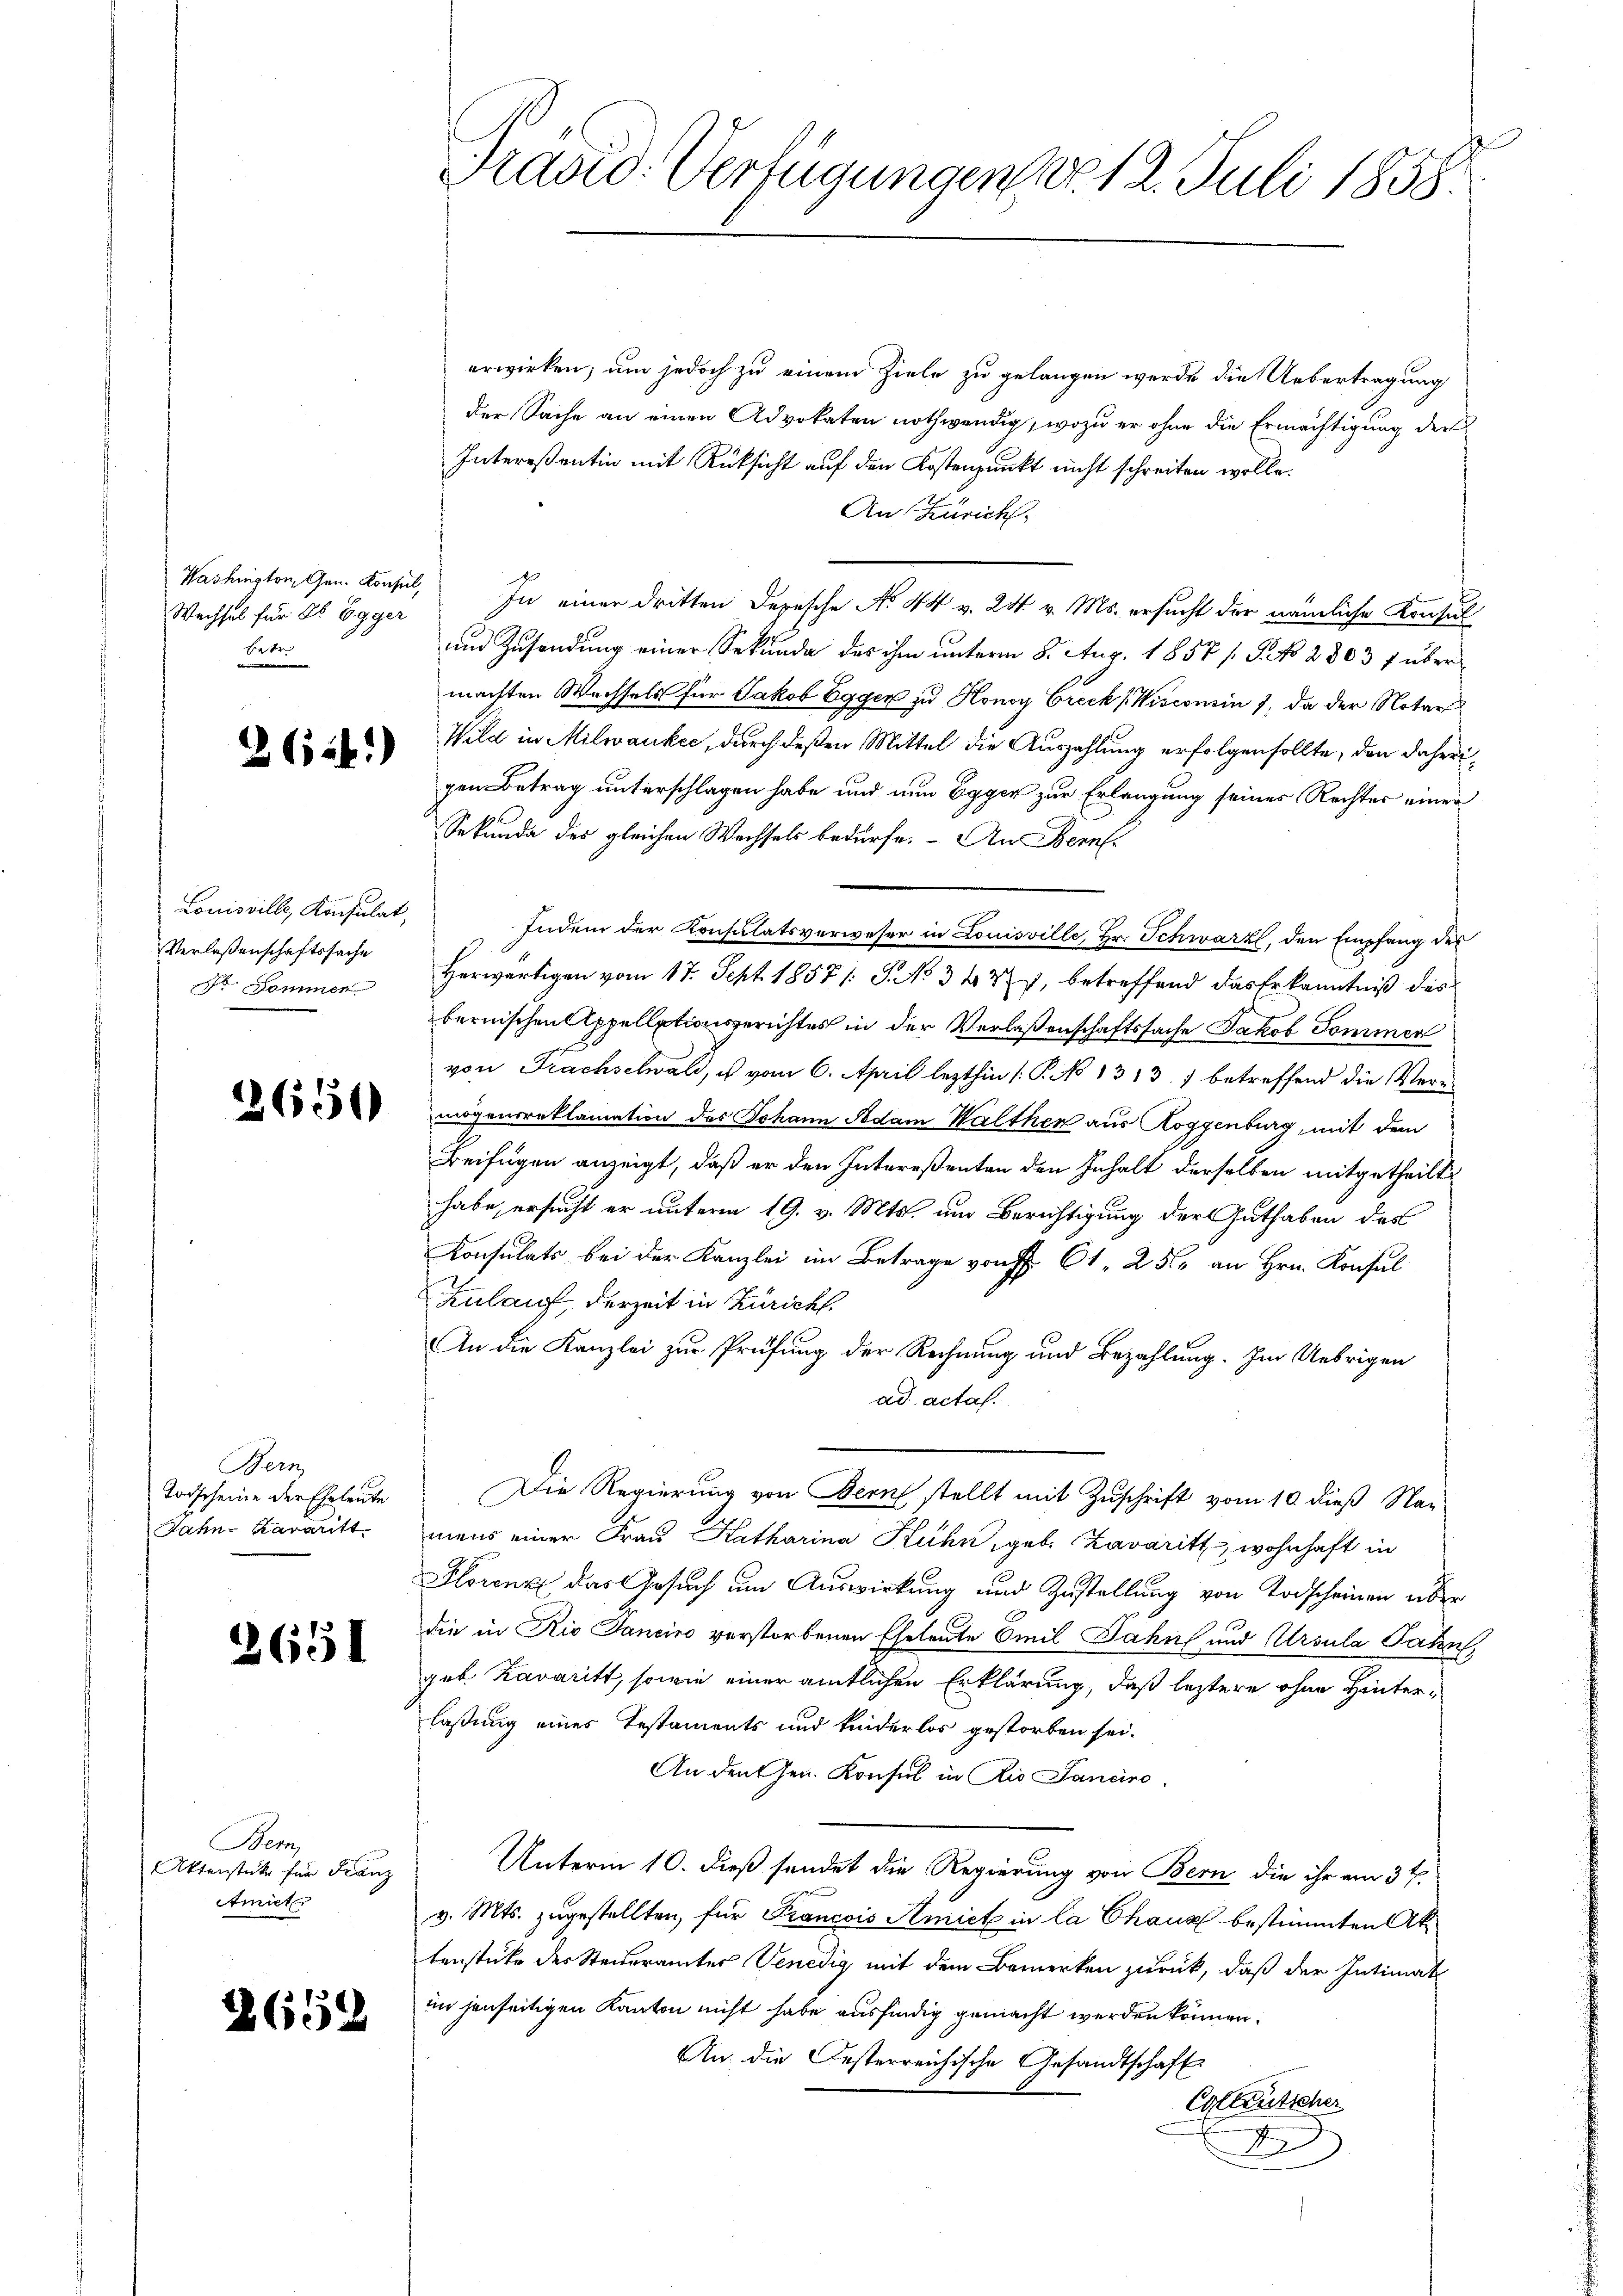
Wechsel für Sr. Egger
betr

264)

Louisville, Konsulat,
Verlaßenschaftssache
 Sommer

2650

Bern
Todscheine der Eheleute
Jahn-Kararitt

3651

Bem,
Aktenstücke für Franz
Amiet

2659

Prasid: Verfügungen No 12. Juli 1858.

erwirken, um jedoch zu einem Ziele zu gelangen werde die Uebertragung
der Sache an einen Advokaten nothwendig, wozu er ohne die Ermächtigung der
Intereßentin mit Rücksicht auf den Kostenpunkt nicht schreiten wolle.
An Zürich,
Washingten Gem. Konsul, In einer dritten Depesche No 44 v. 24. v. Ms. ersucht der nämliche Konsul
und Zusendung einer Sekunde des ihm unterm 8. Aug. 1857 s. S. No 2303 f über
machten Wachsels für Jakob Egger zu Honor Breck (Kisconin 7, da der Notars
Wild in Milwaukec, durch deßen Mittel die Auszahlung erfolgen sollte, den daherigen Betrag unterschlagen habe und nun Egger zur Erlangung seines Rechter einer
Sekunda des gleichen Wachsels bedürfe. - An Bern
Indem der Konsulatsverweser in Louisville, Hr. Schwarz, den Empfang des
Herwärtigen vom 17. Sept. 1857/: J. No. 342, betreffend das Erkenntniß des
bernischen Appellationsgerichtes in der Verlaßenschaftssache Jakob Pommen
von Frachselwald, u vom 6. April lezthin 1. P. No 1313) betreffend die Vermögensreklamation des Johann Adam Walther aus Roggenburg, mit dem
Beifügen anzeigt, daß er den Intereßenten den Inhalt derselben mitgetheilt
habe, ersucht er unterm 19. v. Mts. um Berichtigung der Guthaben des
Konsulats bei der Kanzlei im Betrage von § 61. 251, an Hrn. Konsul
Zulauf, derzeit in Züricht.
An die Kanzlei zur Prüfung der Rechnung und Bezahlung. Im Uebrigen
ad acta.
Die Regierung von Bern stellt mit Zuschrift vom 10. dieß Nay-
mens einer Frau Katharina Kühn, geb. Lavaritt, wohnhaft in
Florenz das Gesuch um Auswirkung und Zustellung von Todscheinen über
die in Rio Janeiro verstorbenen Eheleute Emil Jahn und Ursula Paten,
geb. Kavaritt, sowie einer amtlichen Erklärung, daß letztere ohne Hinterlaßung eines Testaments und kinderlos gestorben sei.
An den Ger. Konsul in Rio Janeiro
Unterm 10. dieß sendet die Regierung von Bern die ihr am 3ten
v. Mts. zugestellten, für Francois Amiet in la Chaus bestimmten Aktenstücke der Steiteramtes Venedig mit dem Bemerken zurück, daß der Intimat
im jenseitigen Kanton nicht habe ausfindig gemacht werden können.
An die Oesterreichische Gesandtschaft
Collentscher
e